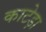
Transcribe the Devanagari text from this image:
काटेड़ा